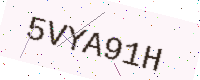
Text: 5VYA91H